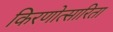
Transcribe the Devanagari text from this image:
किरणोत्सारिता